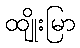
ထျိုးမြာ